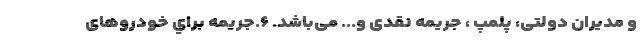
و مديران دولتی، پلمپ ، جریمه نقدی و... می‌باشد. ۶.جريمه براي خودروهای